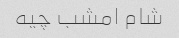
شام امشب چیه